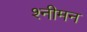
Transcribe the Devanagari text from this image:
श्नीमन